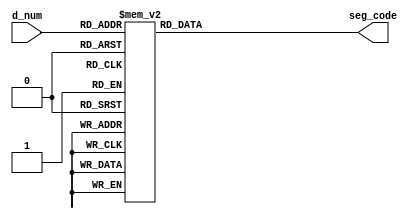
`timescale 1ns / 1ps
//////////////////////////////////////////////////////////////////////////////////
// Module Name: seg
//////////////////////////////////////////////////////////////////////////////////
module seg(
    input wire [3:0] d_num,
    output reg [6:0] seg_code
    );
	   parameter   _0 = ~8'h3f;
	   parameter   _1 = ~8'h06;
	   parameter   _2 = ~8'h5b;
	   parameter   _3 = ~8'h4f;
	   parameter   _4 = ~8'h66;
	   parameter   _5 = ~8'h6d;
	   parameter   _6 = ~8'hfd;
	   parameter   _7 = ~8'h07;
	   parameter   _8 = ~8'h7f;
	   parameter   _9 = ~8'h6f;
	   parameter   _a = ~8'h77;
	   parameter   _b = ~8'h7c;
	   parameter   _c = ~8'h39;
	   parameter   _d = ~8'h5e;
	   parameter   _e = ~8'h7b;
	   parameter   _f = ~8'h71;
	   
always@(*)
    case( d_num )
                    4'd0:seg_code = ~_0;
                    4'd1:seg_code = ~_1;
                    4'd2:seg_code = ~_2;
                    4'd3:seg_code = ~_3;
                    4'd4:seg_code = ~_4;
                    4'd5:seg_code = ~_5;
                    4'd6:seg_code = ~_6;
                    4'd7:seg_code = ~_7;
                    4'd8:seg_code = ~_8;
                    4'd9:seg_code = ~_9;
                    4'd10:seg_code = ~_a;
                    4'd11:seg_code = ~_b;
                    4'd12:seg_code = ~_c;
                    4'd13:seg_code = ~_d;
                    4'd14:seg_code = ~_e;
                    4'd15:seg_code = ~_f;
                    default:
                        seg_code = 8'hff;
                endcase
endmodule